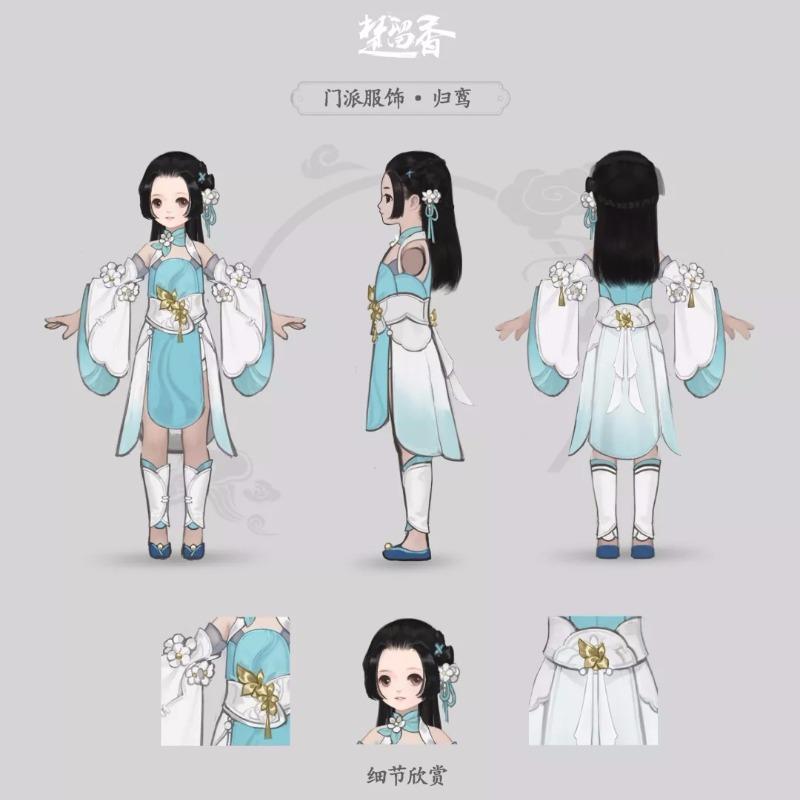
新来雁阔云音，鸾分鉴影，无计重见。